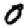
Digit: 0